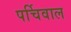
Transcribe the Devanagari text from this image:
पर्चिवाल